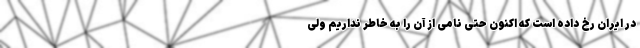
در ایران رخ داده است که اکنون حتی نامی از آن را به خاطر نداریم ولی